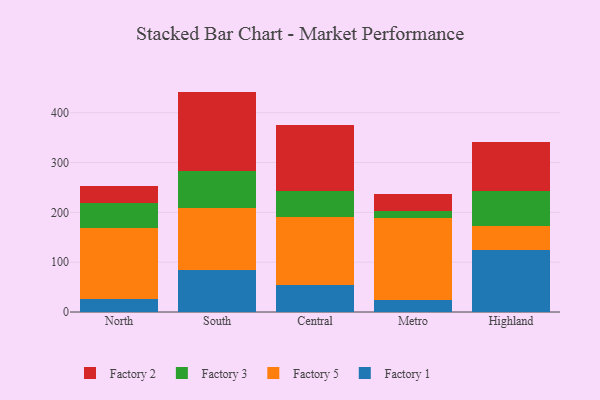
{"axis": {"x": "Region", "y": "Production Output"}, "legend": ["Factory 1", "Factory 2", "Factory 3", "Factory 5"], "data": [{"x": "North", "y": 26.5, "type": "Factory 1"}, {"x": "North", "y": 142.9, "type": "Factory 5"}, {"x": "North", "y": 48.5, "type": "Factory 3"}, {"x": "North", "y": 34.2, "type": "Factory 2"}, {"x": "South", "y": 84.8, "type": "Factory 1"}, {"x": "South", "y": 123.2, "type": "Factory 5"}, {"x": "South", "y": 75.5, "type": "Factory 3"}, {"x": "South", "y": 158.9, "type": "Factory 2"}, {"x": "Central", "y": 53.3, "type": "Factory 1"}, {"x": "Central", "y": 137.7, "type": "Factory 5"}, {"x": "Central", "y": 51.5, "type": "Factory 3"}, {"x": "Central", "y": 132.6, "type": "Factory 2"}, {"x": "Metro", "y": 23.7, "type": "Factory 1"}, {"x": "Metro", "y": 164.2, "type": "Factory 5"}, {"x": "Metro", "y": 15.6, "type": "Factory 3"}, {"x": "Metro", "y": 34.3, "type": "Factory 2"}, {"x": "Highland", "y": 123.5, "type": "Factory 1"}, {"x": "Highland", "y": 48.9, "type": "Factory 5"}, {"x": "Highland", "y": 71.2, "type": "Factory 3"}, {"x": "Highland", "y": 97.3, "type": "Factory 2"}]}